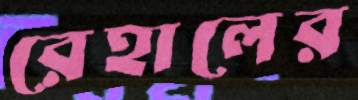
রেহালের